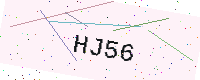
Text: HJ56